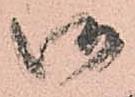
御